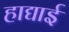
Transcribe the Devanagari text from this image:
हाद्याई